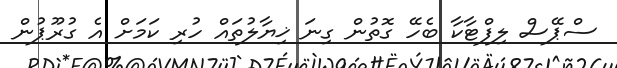
ސްޕޭސް ލިފްޓާކާ ބެހޭ ގޮތުން ގިނަ ޚިޔާލުތައް ހުރި ކަމަށް އެ ގުރޫޕުން